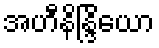
အဟီနိန္ဒြိယော